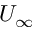
U _ { \infty }